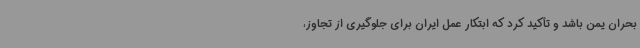
بحران یمن باشد و تأکید کرد که ابتکار عمل ایران برای جلوگیری از تجاوز،